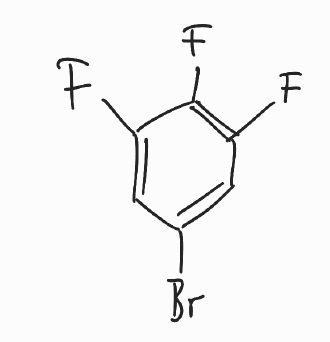
Simplified molecular-input line-entry system (SMILES) notation of the given molecule:
C1=C(C=C(C(=C1F)F)F)Br